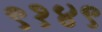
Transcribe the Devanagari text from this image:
९१४९